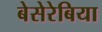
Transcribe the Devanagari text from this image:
बेसेरेबिया